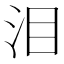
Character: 泪